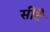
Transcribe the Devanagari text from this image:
सीटै